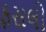
ફસલો